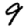
Digit: 9